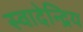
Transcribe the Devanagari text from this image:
स्वादेन्द्रिय